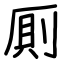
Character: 厠